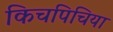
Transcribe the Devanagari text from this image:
किचपिचिया